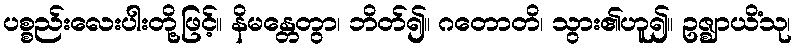
ပစ္စည်းလေးပါးတို့ဖြင့်။ နိမန္တေတွာ၊ ဘိတ်၍။ ဂတောတိ၊ သွား၏ဟူ၍။ ဥဇ္ဈာယိံသု၊